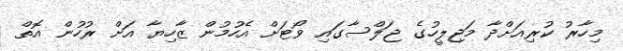
މިހާރު ކުރިއަށްދާ މަޖިލީހުގެ ޖަލްސާގައި ވޯޓަށް އެހުމުން ޒާހިޔާ އަށް ރުހުން އޮތް